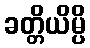
ခတ္တိယိမ္ပိ